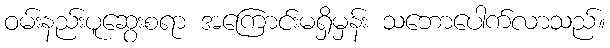
ဝမ်းနည်းပူဆွေးစရာ အကြောင်းမရှိမှန်း သဘောပေါက်လာသည်။